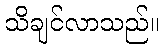
သိချင်လာသည်။